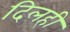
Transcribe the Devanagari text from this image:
दिलही